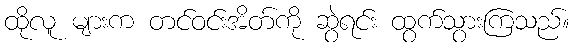
ထိုလူ များက တင်ဝင်းအိတ်ကို ဆွဲရင်း ထွက်သွားကြသည်။